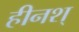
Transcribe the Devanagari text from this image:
हीनश्